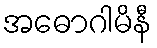
အဓောဂါမိနီ